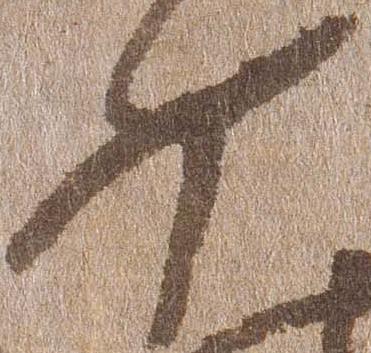
如